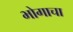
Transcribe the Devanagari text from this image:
भोगाचा